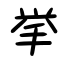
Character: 挙